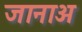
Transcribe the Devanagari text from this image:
जानाअ